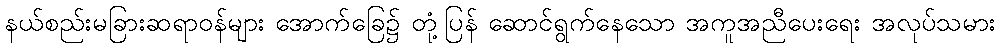
နယ်စည်းမခြားဆရာဝန်များ အောက်ခြေ၌ တုံ့ပြန် ဆောင်ရွက်နေသော အကူအညီပေးရေး အလုပ်သမား